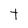
Character: t